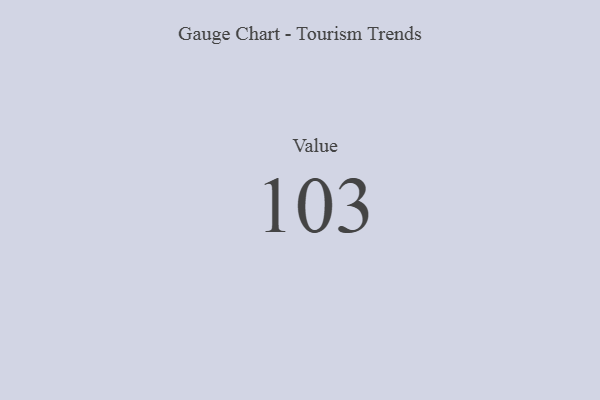
{"axis": {"x": "Metric", "y": "Value"}, "legend": [""], "data": [{"x": "Value", "y": 103, "type": ""}]}